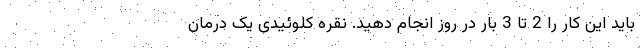
باید این کار را 2 تا 3 بار در روز انجام دهید. نقره کلوئیدی یک درمان